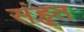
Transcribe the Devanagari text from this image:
संहृत